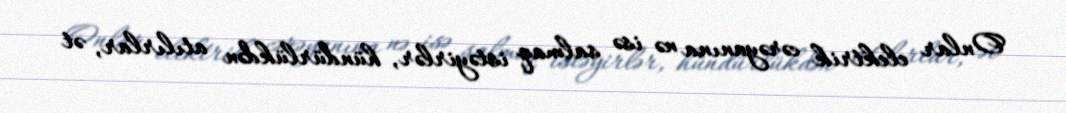
Onlar elektrik cərəyanına nə isə salmaq istəyirlər, hündürlükdən atılırlar, ət